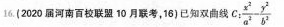
16.（2020届河南百校联盟10月联考，16）已知双曲线$$C: \frac { x ^ { 2 } } { a ^ { 2 } } - \frac { y ^ { 2 } } { b ^ { 2 } }